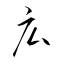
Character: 広